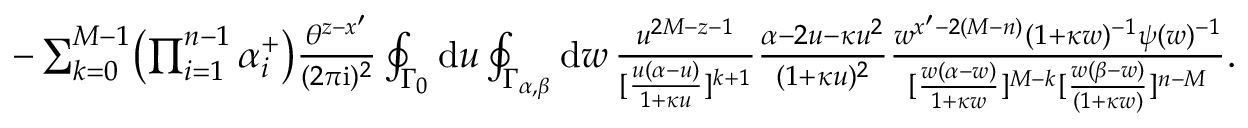
\textstyle - \sum _ { k = 0 } ^ { M - 1 } \bigl ( \prod _ { i = 1 } ^ { n - 1 } \alpha _ { i } ^ { + } \bigr ) \frac { \theta ^ { z - x ^ { \prime } } } { ( 2 \pi \mathrm { i } ) ^ { 2 } } \oint _ { \Gamma _ { 0 } } \mathrm { d } u \oint _ { \Gamma _ { \alpha , \beta } } \mathrm { d } w \, \frac { u ^ { 2 M - z - 1 } } { [ \frac { u ( \alpha - u ) } { 1 + \kappa u } ] ^ { k + 1 } } \frac { \alpha - 2 u - \kappa u ^ { 2 } } { ( 1 + \kappa u ) ^ { 2 } } \frac { w ^ { x ^ { \prime } - 2 ( M - n ) } ( 1 + \kappa w ) ^ { - 1 } \psi ( w ) ^ { - 1 } } { [ \frac { w ( \alpha - w ) } { 1 + \kappa w } ] ^ { M - k } [ \frac { w ( \beta - w ) } { ( 1 + \kappa w ) } ] ^ { n - M } } .